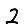
Digit: 2